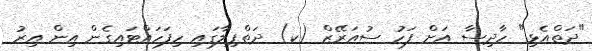
"ދަތްއެޅި" ހާދިސާ އަށް ފަހު ސުއަރޭޒް (ކ) ދަތްޕިލާގައި ހިފަހައްޓައިގެން އިން އިރު